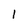
Character: 1